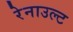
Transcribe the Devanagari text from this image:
रेनाउल्ट